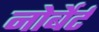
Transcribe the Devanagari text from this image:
नोर्बेर्ट